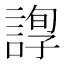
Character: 𧪂